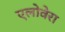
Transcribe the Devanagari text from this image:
एलोवेरा